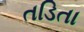
તડિતા